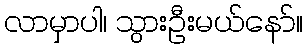
လာမှာပါ၊ သွားဦးမယ်နော်။